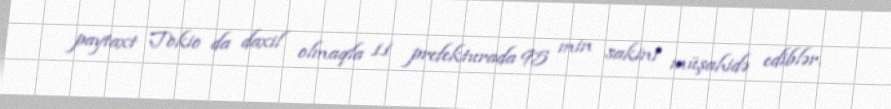
paytaxt Tokio da daxil olmaqla 11 prefekturada 95 min sakini müşahidə ediblər.